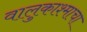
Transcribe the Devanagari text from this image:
वालुकाश्माचा